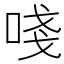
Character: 𠵖